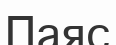
Паяс